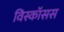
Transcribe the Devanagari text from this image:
विस्कॉसस